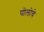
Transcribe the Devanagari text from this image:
पोलोचे